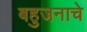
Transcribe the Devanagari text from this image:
बहुजनाचे